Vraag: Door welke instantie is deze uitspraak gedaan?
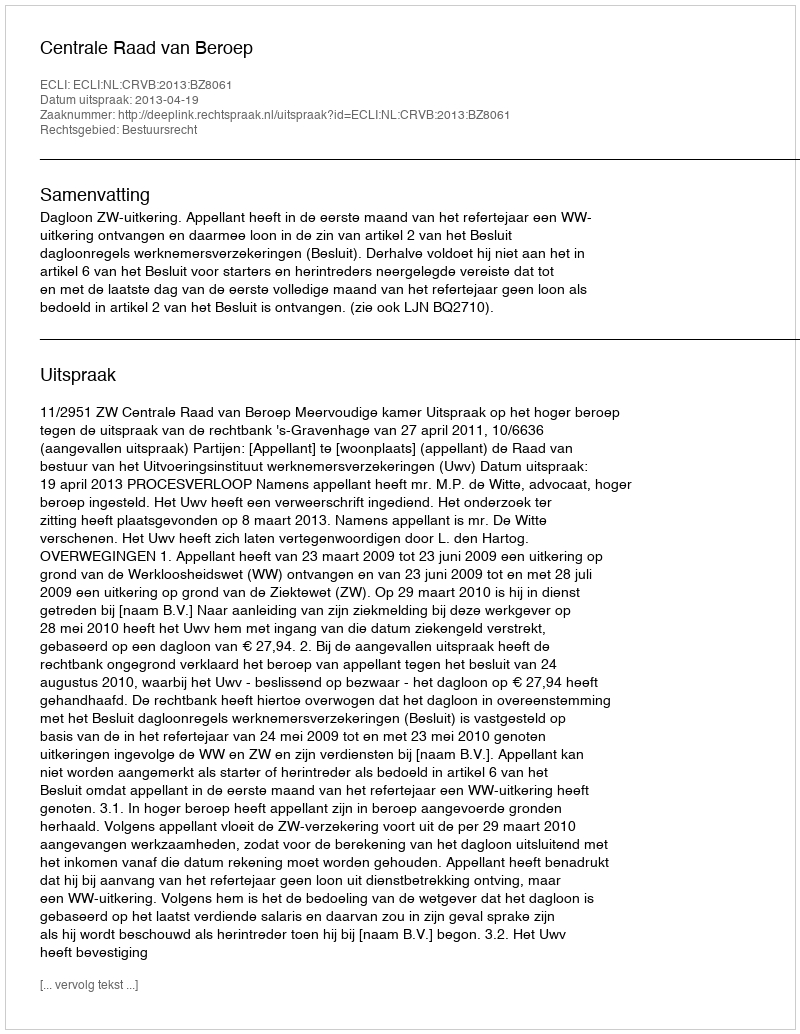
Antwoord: Centrale Raad van Beroep